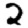
Digit: 2